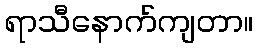
ရာသီနောက်ကျတာ။